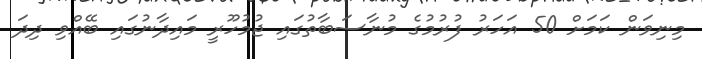
މިނިވަން ކަމަށް 50 އަހަރު ފުރުމުގެ މުނާސަބާތުގައި ޖުމުހޫރީ މައިދާނުގައި ބޭއްވި ދިދަ